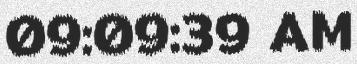
09:09:39 AM